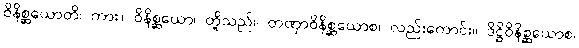
ဝိနိစ္ဆယောတိ၊ ကား။ ဝိနိစ္ဆယော၊ တို့သည်။ တဏှာဝိနိစ္ဆယောစ၊ လည်းကောင်း။ ဒိဋ္ဌိဝိနိစ္ဆယောစ၊